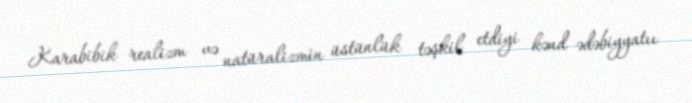
Karabibik realizm və natüralizmin üstünlük təşkil etdiyi kənd ədəbiyyatıı